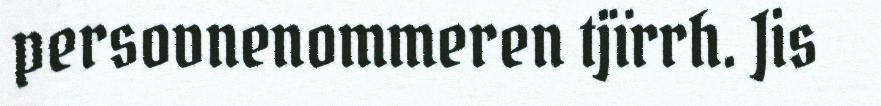
persovnenommeren tjïrrh. Jis